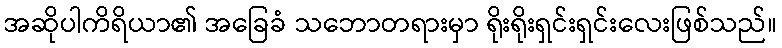
အဆိုပါကိရိယာ၏ အခြေခံ သဘောတရားမှာ ရိုးရိုးရှင်းရှင်းလေးဖြစ်သည်။